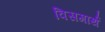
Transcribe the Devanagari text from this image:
विसगार्थ